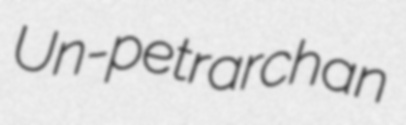
Un-petrarchan